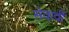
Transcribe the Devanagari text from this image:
सेवावीं